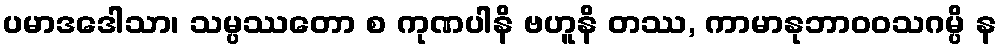
ပမာဒဒေါသာ၊ သမ္ပဿတော စ ကုဏပါနိ ဗဟူနိ တဿ, ကာမာနုဘာဝဝသဂမ္ပိ န